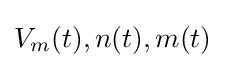
V_{m}(t),n(t),m(t)